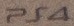
PS4